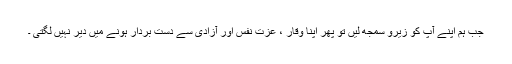
جب ہم اپنے آپ کو زیرو سمجھ لیں تو پھر اپنا وقار ، عزت نفس اور آزادی سے دست بردار ہونے میں دیر نہیں لگتی ۔